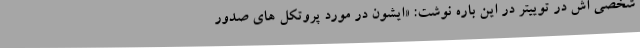
شخصی اش در توییتر در این باره نوشت: «ایشون در مورد پروتکل های صدور